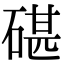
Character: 碪